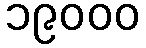
၁၉၀၀၀